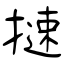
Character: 𢳪